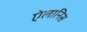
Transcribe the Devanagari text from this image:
ऐलानिस